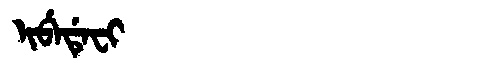
Manchu: ᡳᠪᡝᡩᡝᠸᡳ
Romanization: IBEDEFI